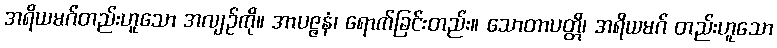
အရိယမဂ်တည်းဟူသော အလျဉ်ကို။ အာပဇ္ဇနံ၊ ရောက်ခြင်းတည်း။ သောတာပတ္တိ၊ အရိယမဂ် တည်းဟူသော